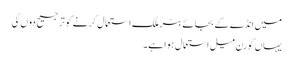
میں انڈے کے بجائے بٹر ملک استعمال کرنے کو ترجیح دوں گی
یہاں کورن میل استعمال ہوا ہے۔